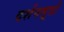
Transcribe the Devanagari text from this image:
दर्शनसूत्रों